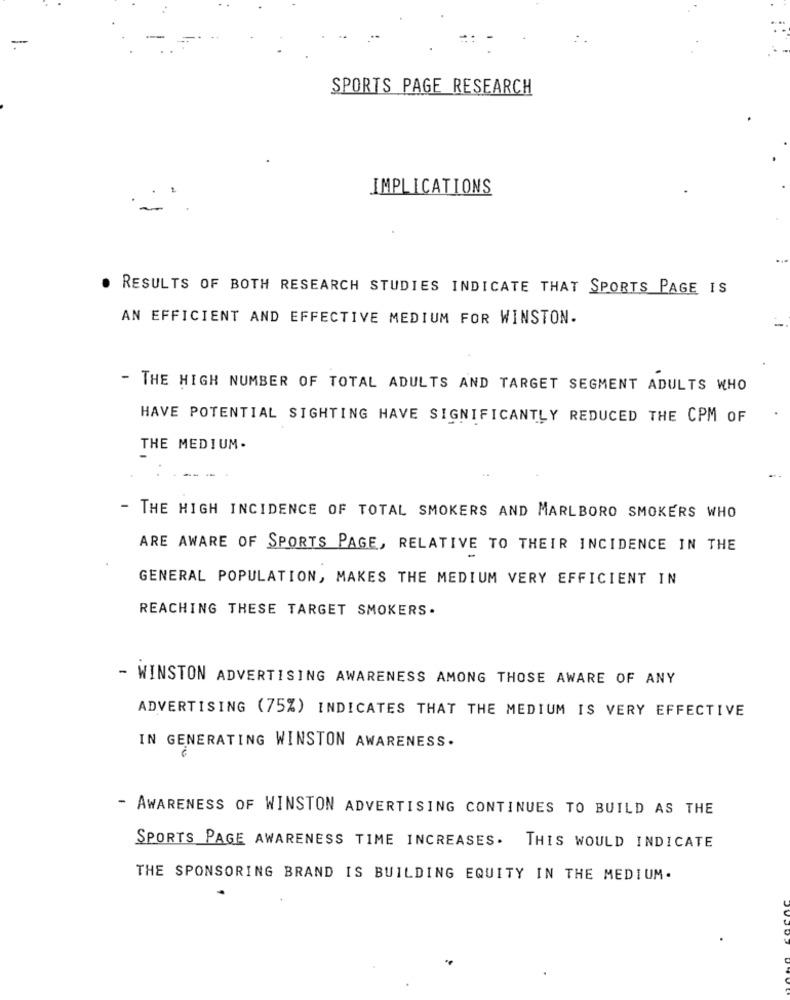
-
SPORTS PAGE RESEARCH
IMPLICATIONS
. RESULTS OF BOTH RESEARCH STUDIES INDICATE THAT SPORTS PAGE IS
AN EFFICIENT AND EFFECTIVE MEDIUM FOR WINSTON.
THE HIGH NUMBER OF TOTAL ADULTS AND TARGET SEGMENT ADULTS WHO
HAVE POTENTIAL SIGHTING HAVE SIGNIFICANTLY REDUCED THE CPM OF
THE MEDIUM.
THE HIGH INCIDENCE OF TOTAL SMOKERS AND MARLBORO SMOKERS WHO
ARE AWARE OF SPORTS PAGE, RELATIVE TO THEIR INCIDENCE IN THE
GENERAL POPULATION, MAKES THE MEDIUM VERY EFFICIENT IN
REACHING THESE TARGET SMOKERS.
- WINSTON ADVERTISING AWARENESS AMONG THOSE AWARE OF ANY
ADVERTISING (75%) INDICATES THAT THE MEDIUM IS VERY EFFECTIVE
IN GENERATING WINSTON AWARENESS.
- AWARENESS OF WINSTON ADVERTISING CONTINUES TO BUILD AS THE
SPORTS PAGE AWARENESS TIME INCREASES. THIS WOULD INDICATE
THE SPONSORING BRAND IS BUILDING EQUITY IN THE MEDIUM.